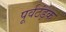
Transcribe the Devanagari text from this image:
पूर्वठंड़क